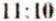
11:10